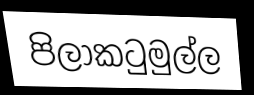
පිලාකටුමුල්ල